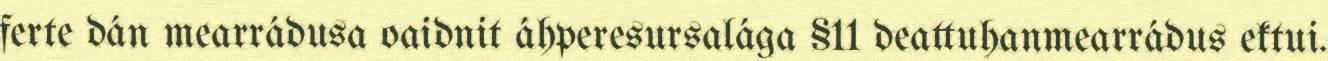
ferte dán mearrádusa oaidnit áhperesursalága §11 deattuhanmearrádus ektui.